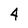
Character: 4